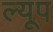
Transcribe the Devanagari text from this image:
ल्यूप